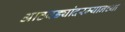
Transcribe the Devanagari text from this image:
आठवड्यांदरम्यानच्या